system: You are a helpful assistant.
user:
Analyze the provided spectrum to determine if it is a **White Dwarf (WD)**.

A White Dwarf spectrum is defined by its **extreme purity** (due to gravitational settling) and/or **extreme pressure broadening** (due to high surface gravity). You must check for one of the following mutually exclusive signatures:

- **Key Visual Indicators (Check for ONE of these types):**

    - **1. DA-Type Signature (Most Common):**
        - **(Primary Feature):** Extreme pressure broadening (Stark broadening) of the **Hydrogen (H) Balmer lines**.
        - **(Key Lines):** $H\beta$ (approx. $4861$ Å) and $H\gamma$ (approx. $4340$ Å). $H\alpha$ (approx. $6563$ Å) will also be present if the wavelength range covers it.
        - **(Line Profile):** This is the **defining feature**. The lines are **NOT** sharp. They appear as massive, **extremely broad and deep "troughs" or "dips"** in the spectrum, often hundreds of Ångströms wide. The continuum will appear to "scoop" down at these wavelengths.
        - **(Distinction):** Normal A-type or B-type stars have *narrow* and *sharp* Hydrogen lines. A DA White Dwarf's lines are unmistakably "smeared" or "blurry" from pressure.

    - **2. DB-Type Signature:**
        - **(Primary Feature):** Broad absorption lines from **Neutral Helium (He I)**. The spectrum must lack any visible Hydrogen lines.
        - **(Key Lines):** Look for broad absorption near $4471$ Å, $4921$ Å, and $5876$ Å.
        - **(Line Profile):** These lines are also significantly pressure-broadened, appearing much wider than they would in a normal B-type main-sequence star.

    - **3. DC-Type Signature:**
        - **(Primary Feature):** A **featureless continuous spectrum**.
        - **(Line Profile):** The spectrum is a smooth curve with **no significant absorption or emission lines**.
        - **(Key Confirmation):** The continuum is almost always **blue or white**, indicating a hot object. This signature implies the atmosphere is so pure (or so cool) that no spectral lines are visible in the optical range. Its WD identity is confirmed by its extremely low intrinsic brightness (high absolute magnitude).

    - **4. DZ-Type Signature (Metal-Polluted):**
        - **(Primary Feature):** **Isolated, narrow metal absorption lines** on an otherwise featureless (DC-like) continuum.
        - **(Key Lines):** The **Calcium (Ca II) H & K doublet** (approx. **$3934$ Å** and **$3968$ Å**) is the most common and defining feature.
        - **(Line Profile):** These lines are "out of place." They are *not* part of a "forest" of thousands of lines. This signature is evidence of recent *accretion* (pollution) from rocky debris.
        - **(Distinction):** Normal G/K/M stars have a *dense forest* of thousands of metal lines. A DZ has a *clean* continuum with *only a few* strong metal lines.

    - **5. DQ-Type Signature (Carbon-Polluted):**
        - **(Primary Feature):** Absorption bands from **Carbon (C₂ "Swan Bands" or atomic C I)**.
        - **(Key Lines - C₂):** Look for bandheads with a "saw-tooth" shape near $5635$ Å, **$5165$ Å** (strongest), and $4737$ Å.
        - **(Key Confirmation):** The underlying **continuum must be blue or white** (hot).
        - **(Distinction):** This is the critical difference from a **Carbon Star**, which has the *exact same* C₂ bands but on an extremely **red, cool** continuum.

- **(Overall Spectrum):**
    - The continuum (overall shape) is typically **blue-sloping** (brighter in the blue than the red), as most white dwarfs are very hot.
    - The spectrum will look "pure" or "simple," dominated by only *one* of the five signatures listed above.

Think first, call **spectral_visualization_tool** if needed to examine features in detail, then provide your final answer. Your response must adhere to the following strict rules:
1.  **Overall Structure:** Your response must follow the format `<think>...</think> <tool_call>...</tool_call> (if a tool is used) <answer>...</answer>`.
2.  **Tool Usage Constraint:** You may only make **one** tool call per turn.
3.  **Final Answer Format:** In the `<answer>` tag, your conclusion must be inside a `\boxed{}` command (e.g., `\boxed{YES}` or `\boxed{NO}`), followed by your justification.

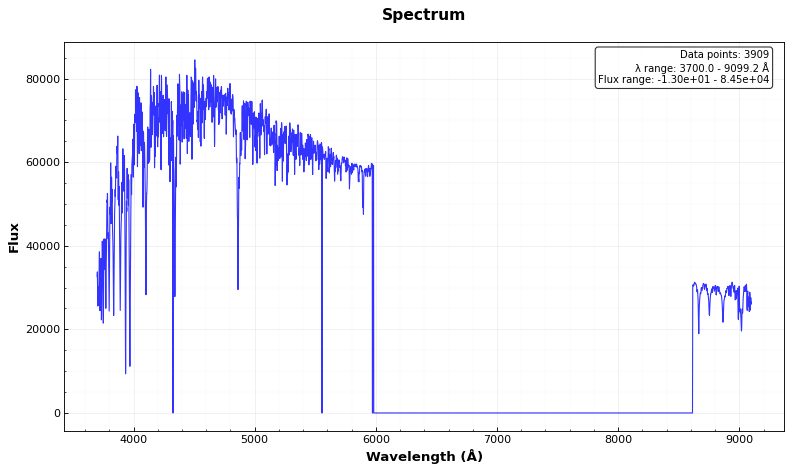
Answer: NO